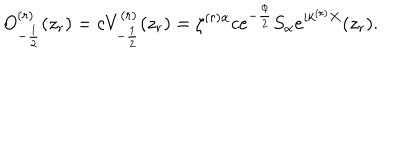
LaTeX: O _ { - \frac { 1 } { 2 } } ^ { ( r ) } ( z _ { r } ) = c V _ { - \frac { 1 } { 2 } } ^ { ( r ) } ( z _ { r } ) = \zeta ^ { ( r ) \alpha } c e ^ { - \frac { \phi } { 2 } } S _ { \alpha } e ^ { i k ^ { ( r ) } X } ( z _ { r } ) .